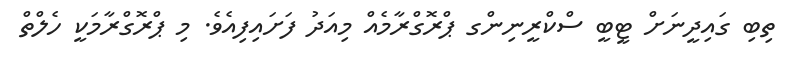
ތިބި ގައިދީނަށް ޓީބީ ސްކްރީނިންގ ޕްރޮގްރާމެއް މިއަދު ފަށައިފިއެވެ. މި ޕްރޮގްރާމަކީ ހެލްތް